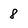
Character: 8